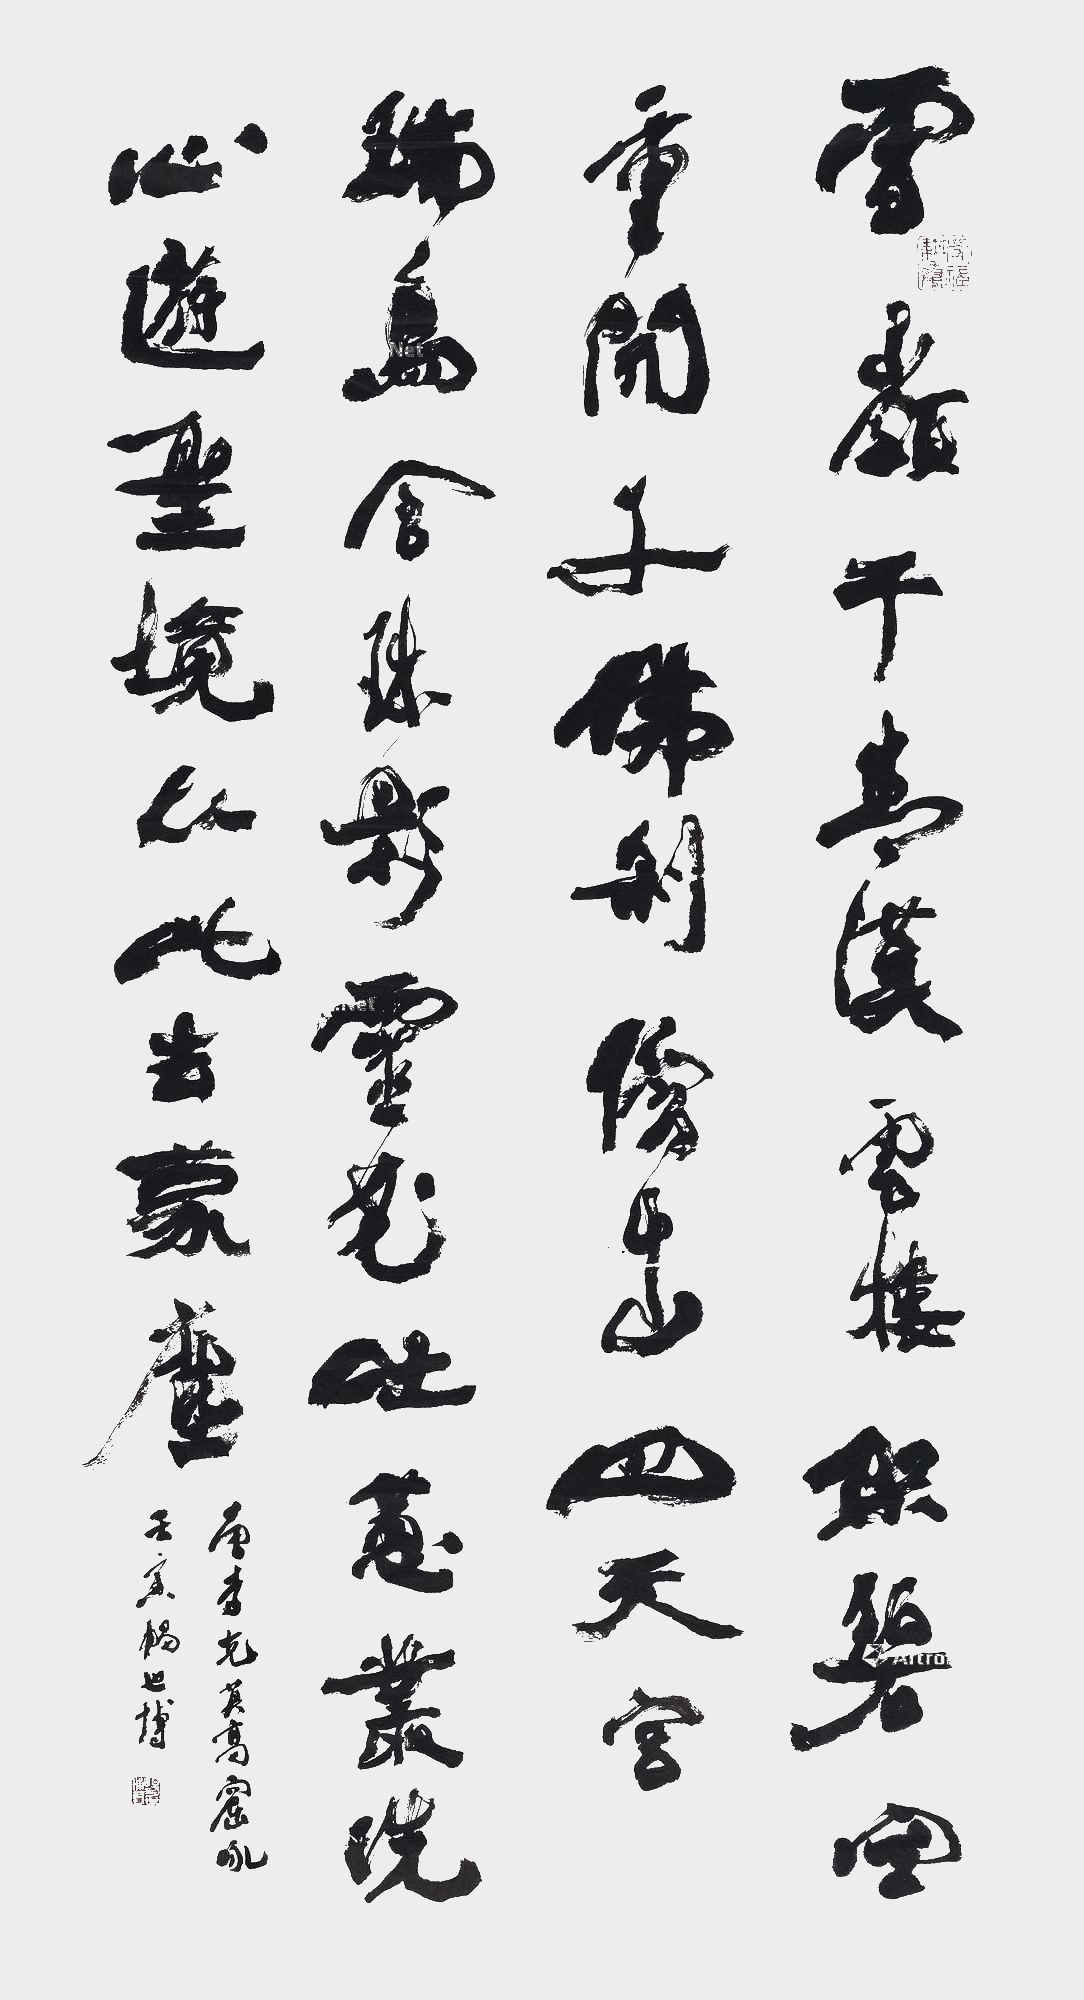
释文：雪岭干青汉，云楼架碧空。重开千佛刹，傍出四天宫。瑞鸟含珠影，灵花吐蕙丛。洗心游胜境，从此去蒙尘。唐·李克《莫高窟咏》。壬寅畅世博。